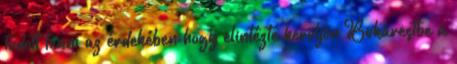
tudott tenni az érdekében hogy elintézte kerüljön Bukarestbe a